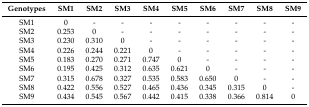
<table><thead><tr><td><b>Genotypes</b></td><td><b>SM1</b></td><td><b>SM2</b></td><td><b>SM3</b></td><td><b>SM4</b></td><td><b>SM5</b></td><td><b>SM6</b></td><td><b>SM7</b></td><td><b>SM8</b></td><td><b>SM9</b></td></tr></thead><tbody><tr><td>SM1</td><td>0</td><td>-</td><td>-</td><td>-</td><td>-</td><td>-</td><td>-</td><td>-</td><td>-</td></tr><tr><td>SM2</td><td>0.253</td><td>0</td><td>-</td><td>-</td><td>-</td><td>-</td><td>-</td><td>-</td><td>-</td></tr><tr><td>SM3</td><td>0.230</td><td>0.310</td><td>0</td><td>-</td><td>-</td><td>-</td><td>-</td><td>-</td><td>-</td></tr><tr><td>SM4</td><td>0.226</td><td>0.244</td><td>0.221</td><td>0</td><td>-</td><td>-</td><td>-</td><td>-</td><td>-</td></tr><tr><td>SM5</td><td>0.183</td><td>0.270</td><td>0.271</td><td>0.747</td><td>0</td><td>-</td><td>-</td><td>-</td><td>-</td></tr><tr><td>SM6</td><td>0.195</td><td>0.425</td><td>0.312</td><td>0.635</td><td>0.621</td><td>0</td><td>-</td><td>-</td><td>-</td></tr><tr><td>SM7</td><td>0.315</td><td>0.678</td><td>0.327</td><td>0.535</td><td>0.583</td><td>0.650</td><td>0</td><td>-</td><td>-</td></tr><tr><td>SM8</td><td>0.422</td><td>0.556</td><td>0.527</td><td>0.465</td><td>0.436</td><td>0.345</td><td>0.315</td><td>0</td><td>-</td></tr><tr><td>SM9</td><td>0.434</td><td>0.545</td><td>0.567</td><td>0.442</td><td>0.415</td><td>0.338</td><td>0.366</td><td>0.814</td><td>0</td></tr></tbody></table>